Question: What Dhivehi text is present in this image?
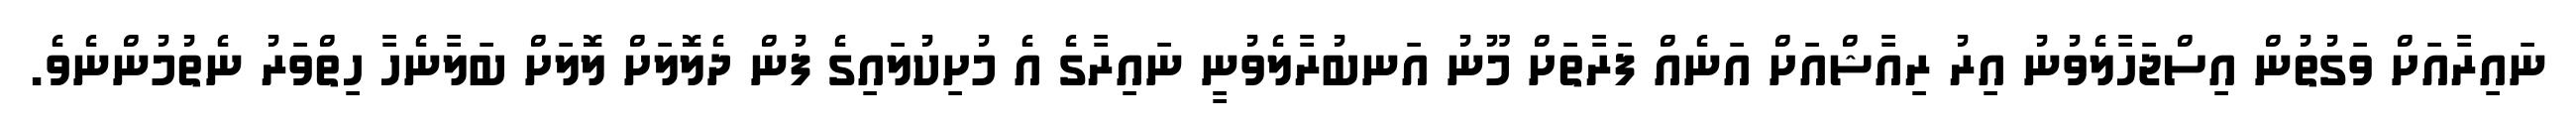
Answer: ނައިރާއަށް ވަގުތުން އިސްޖަހާލެވުނު އިރު ރިއާޝްއަށް އަނެއް ފަރާތަށް މޫނު އަނބުރާލެވުނީ ނައިރާގެ އެ މުށިކުލައިގެ ފުން ދެލޮލަށް ލޮލަށް ބަލާނެހާ ހިތްވަރު ނެތުމުންނެވެ.